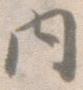
内